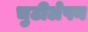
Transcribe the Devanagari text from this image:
चुटीलेपन